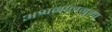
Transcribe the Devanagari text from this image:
अश्वनालनुमा